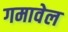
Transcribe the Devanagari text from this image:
गमावेल